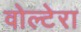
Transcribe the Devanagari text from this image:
वोल्टेरा